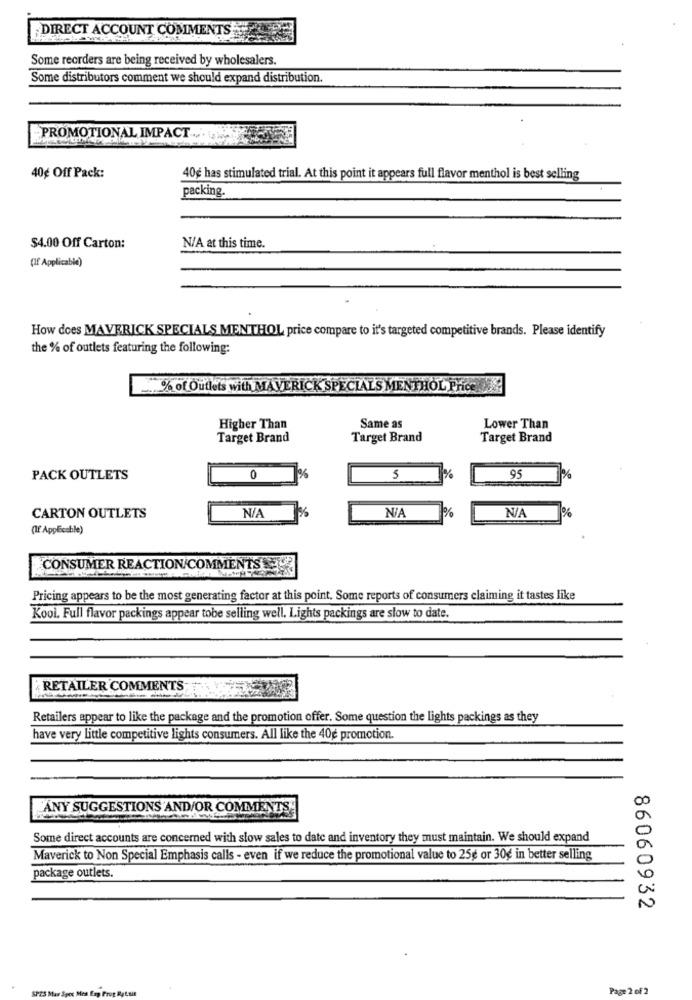
DIRECT ACCOUNT COMMENTS
Some reorders are being received by wholesalers.
Some distributors comment we should expand distribution.
PROMOTIONAL IMPACT
40¢ Off Pack:
40g has stimulated trial. At this point it appears full flavor menthol is best selling
packing.
$4.00 Off Carton:
N/A at this time.
(If Applicable)
How does MAVERICK SPECIALS MENTHOL price compare to it's targeted competitive brands. Please identify
the % of outlets featuring the following:
.. % of Outlets with MAVERICK SPECIALS MENTHOL Price
Higher Than
Same as
Lower Than
Target Brand
Target Brand
Target Brand
PACK OUTLETS
0
%
95
%
CARTON OUTLETS
%
(If Applicable)
CONSUMER REACTION/COMMENTS EUR
Pricing appears to be the most generating factor at this point. Some reports of consumers claiming it tastes like
Kool. Full flavor packings appear tobe selling well. Lights packings are slow to date.
¿RETAILER COMMENTS;
Retailers appear to like the package and the promotion offer. Some question the lights packings as they
have very little competitive lights consumers. All like the 40g promotion.
ANY SUGGESTIONS AND/OR COMMENTS
Some direct accounts are concerned with slow sales to date and inventory they must maintain. We should expand
Maverick to Non Special Emphasis calls - even if we reduce the promotional value to 25g or 30g in better selling
package outlets.
86060932
SPES M
Page 2 of 2